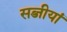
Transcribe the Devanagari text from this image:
सब्जीयां